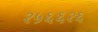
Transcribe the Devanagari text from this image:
२५६६२६